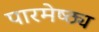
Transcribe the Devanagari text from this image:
पारमेष्ठ्य